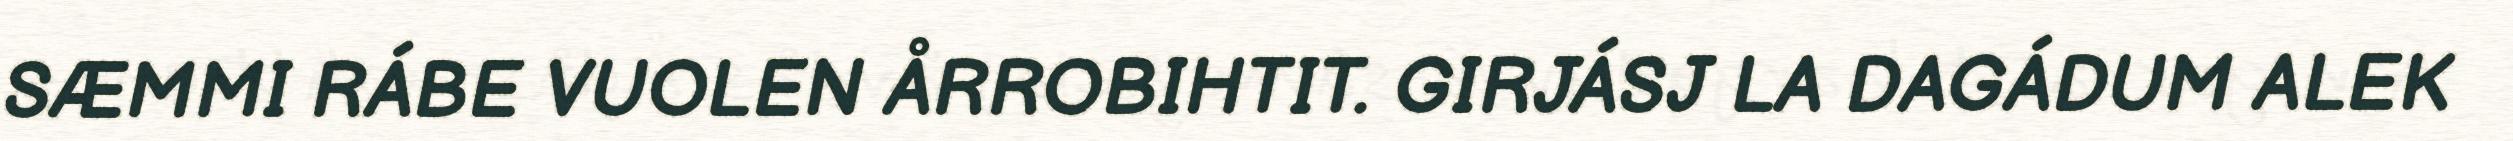
SÆMMI RÁBE VUOLEN ÅRROBIHTIT. GIRJÁSJ LA DAGÁDUM ALEK